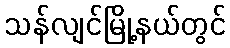
သန်လျင်မြို့နယ်တွင်